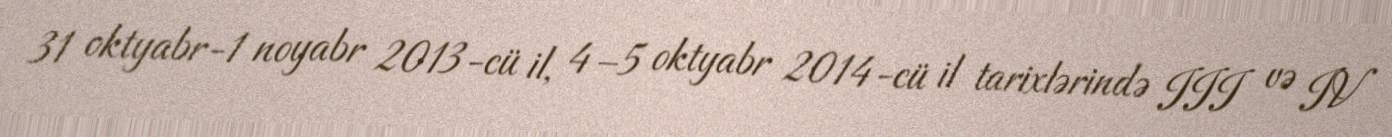
31 oktyabr-1 noyabr 2013-cü il, 4–5 oktyabr 2014-cü il tarixlərində III və IV